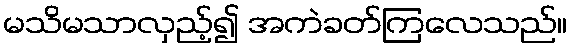
မသိမသာလှည့်၍ အကဲခတ်ကြလေသည်။